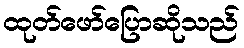
ထုတ်ဖော်ပြောဆိုသည်